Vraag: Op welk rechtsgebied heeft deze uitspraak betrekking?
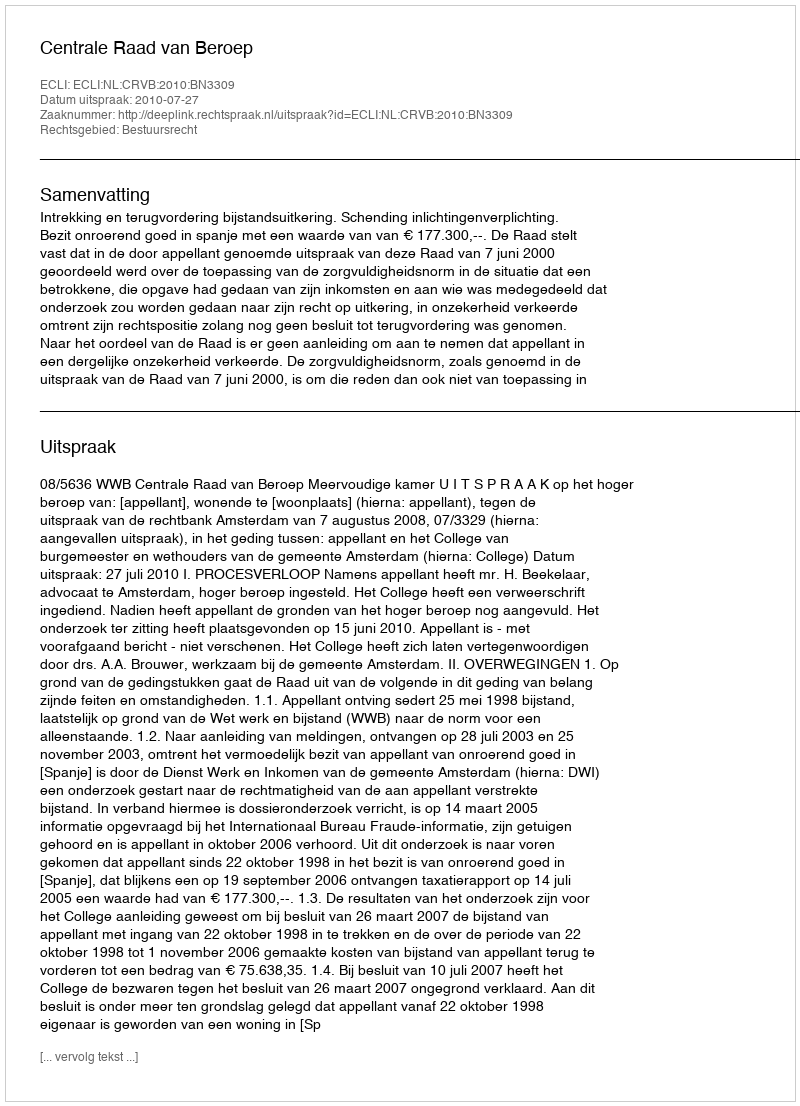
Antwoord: Bestuursrecht